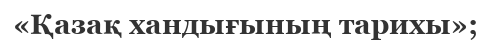
«Қазақ хандығының тарихы»;